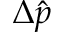
\Delta \hat { p }